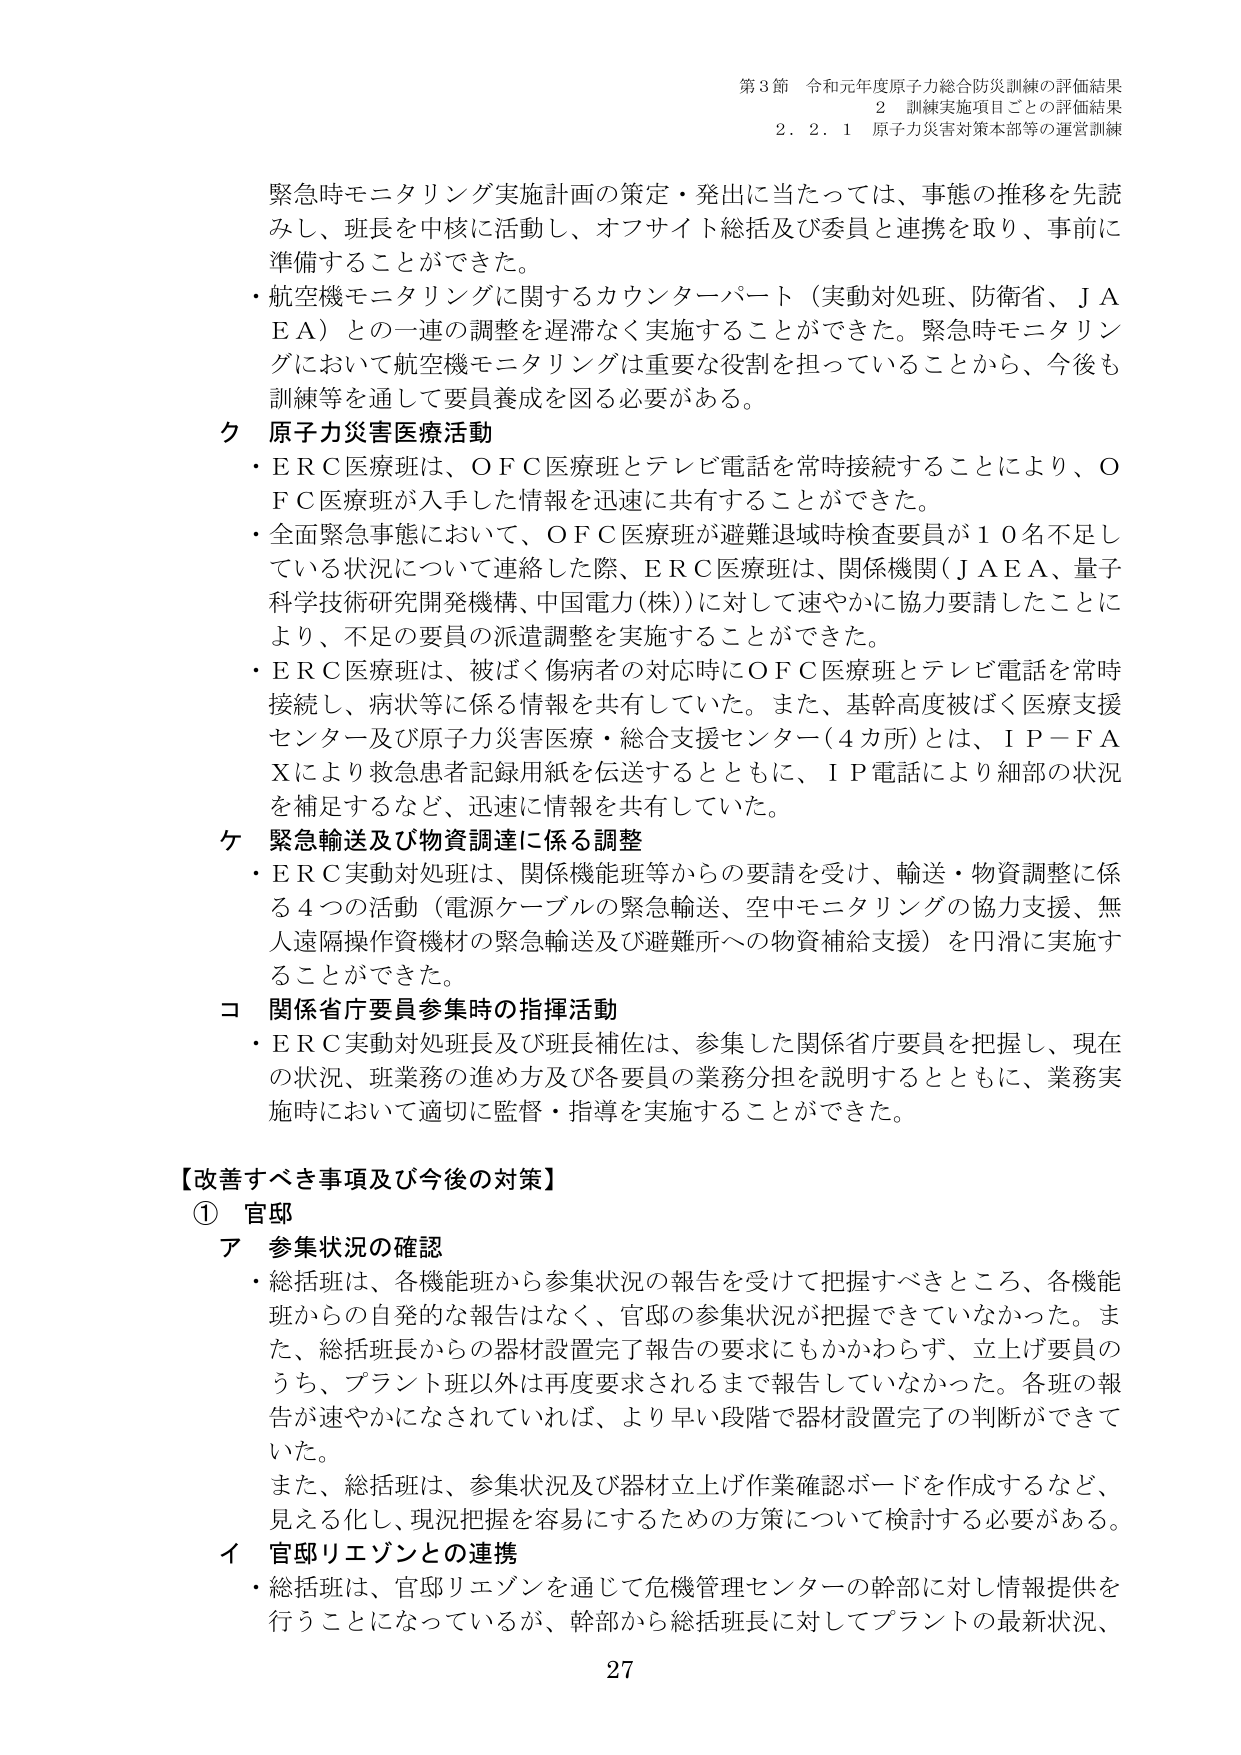
第3節 令和元年度原子力総合防災訓練の評価結果
2 訓練実施項目ごとの評価結果
2.2.1 原子力災害対策本部等の運営訓練

緊急時モニタリング実施計画の策定・発出に当たっては、事態の推移を先読みし、班長を中核に活動し、オフサイト総括及び委員と連携を取り、事前に準備することができた。
・航空機モニタリングに関するカウンターパート（実動対処班、防衛省、ＪＡＥＡ）との一連の調整を遅滞なく実施することができた。緊急時モニタリングにおいて航空機モニタリングは重要な役割を担っていることから、今後も訓練等を通して要員養成を図る必要がある。

ク 原子力災害医療活動
・ＥＲＣ医療班は、ＯＦＣ医療班とテレビ電話を常時接続することにより、ＯＦＣ医療班が入手した情報を迅速に共有することができた。
・全面緊急事態において、ＯＦＣ医療班が避難退域時検査要員が１０名不足している状況について連絡した際、ＥＲＣ医療班は、関係機関（ＪＡＥＡ、量子科学技術研究開発機構、中国電力(株)）に対して速やかに協力要請したことにより、不足の要員の派遣調整を実施することができた。
・ＥＲＣ医療班は、被ばく傷病者の対応時にＯＦＣ医療班とテレビ電話を常時接続し、病状等に係る情報を共有していた。また、基幹高度被ばく医療支援センター及び原子力災害医療・総合支援センター（４カ所）とは、ＩＰ－ＦＡＸにより救急患者記録用紙を伝送するとともに、ＩＰ電話により細部の状況を補足するなど、迅速に情報を共有していた。

ケ 緊急輸送及び物資調達に係る調整
・ＥＲＣ実動対処班は、関係機能班等からの要請を受け、輸送・物資調整に係る４つの活動（電源ケーブルの緊急輸送、空中モニタリングの協力支援、無人遠隔操作資機材の緊急輸送及び避難所への物資補給支援）を円滑に実施することができた。

コ 関係省庁要員参集時の指揮活動
・ＥＲＣ実動対処班長及び班長補佐は、参集した関係省庁要員を把握し、現在の状況、班業務の進め方及び各要員の業務分担を説明するとともに、業務実施時において適切に監督・指導を実施することができた。

【改善すべき事項及び今後の対策】
① 官邸
ア 参集状況の確認
・総括班は、各機能班から参集状況の報告を受けて把握すべきところ、各機能班からの自発的な報告はなく、官邸の参集状況が把握できていなかった。また、総括班長からの器材設置完了報告の要求にもかかわらず、立上げ要員のうち、プラント班以外は再度要求されるまで報告していなかった。各班の報告が速やかになされていれば、より早い段階で器材設置完了の判断ができていた。
また、総括班は、参集状況及び器材立上げ作業確認ボードを作成するなど、見える化し、現況把握を容易にするための方策について検討する必要がある。
イ 官邸リエゾンとの連携
・総括班は、官邸リエゾンを通じて危機管理センターの幹部に対し情報提供を行うことになっているが、幹部から総括班長に対してプラントの最新状況、

27